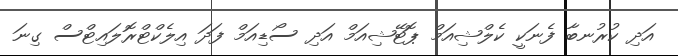
އަދި ކުރުނބާ ފެނަކީ ކެލްޝިއަމް ޕޮޓޭޝިއަމް އަދި ސޯޑިއަމް ފަދަ އިލެކްޓްރޮލައިޓްސް ގިނަ